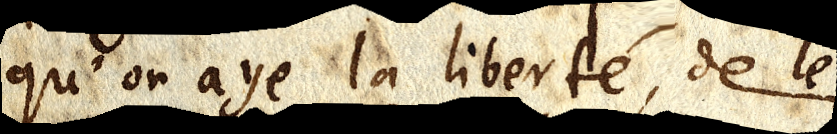
qu’on aye la liberté, de le